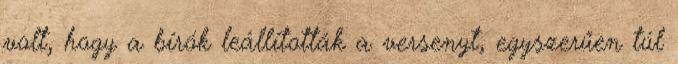
volt, hogy a bírók leállították a versenyt, egyszerűen túl